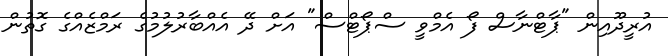
އުރީދޫއިން "ޕާޓްނާސް ފޯ އެމްވީ ސްޕޯޓްސް" އަށް ދޭ އެއްބާރުލުމުގެ ރަމްޒެއްގެ ގޮތުން